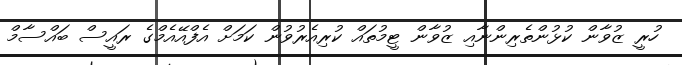
ހުރީ ޒުވާން ކުޅުންތެރިންނާއި ޒުވާން ޓީމުތައް ކުރިއެރުވުން ކަމަށް އެފްއޭއެމްގެ ރައީސް ބައްސާމް